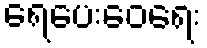
ရေပေးဝေရေး